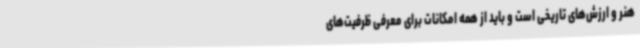
هنر و ارزش‌های تاریخی است و باید از همه امکانات برای معرفی ظرفیت‌های